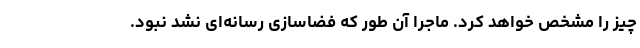
چیز را مشخص خواهد کرد. ماجرا آن طور که فضاسازی رسانه‌ای نشد نبود.